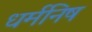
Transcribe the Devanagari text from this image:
धर्मनिष